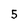
Character: 5